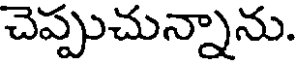
చెప్పుచున్నాను.